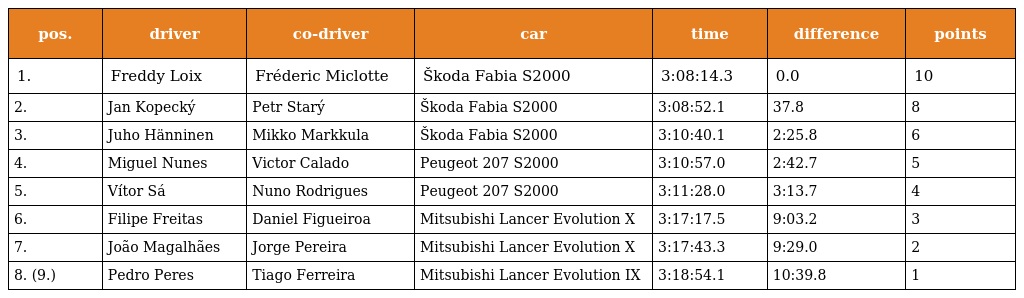
| pos. | driver | co-driver | car | time | difference | points |
 | --- | --- | --- | --- | --- | --- | --- |
 | 1. | Freddy Loix | Fréderic Miclotte | Škoda Fabia S2000 | 3:08:14.3 | 0.0 | 10 |
 | 2. | Jan Kopecký | Petr Starý | Škoda Fabia S2000 | 3:08:52.1 | 37.8 | 8 |
 | 3. | Juho Hänninen | Mikko Markkula | Škoda Fabia S2000 | 3:10:40.1 | 2:25.8 | 6 |
 | 4. | Miguel Nunes | Victor Calado | Peugeot 207 S2000 | 3:10:57.0 | 2:42.7 | 5 |
 | 5. | Vítor Sá | Nuno Rodrigues | Peugeot 207 S2000 | 3:11:28.0 | 3:13.7 | 4 |
 | 6. | Filipe Freitas | Daniel Figueiroa | Mitsubishi Lancer Evolution X | 3:17:17.5 | 9:03.2 | 3 |
 | 7. | João Magalhães | Jorge Pereira | Mitsubishi Lancer Evolution X | 3:17:43.3 | 9:29.0 | 2 |
 | 8. (9.) | Pedro Peres | Tiago Ferreira | Mitsubishi Lancer Evolution IX | 3:18:54.1 | 10:39.8 | 1 |